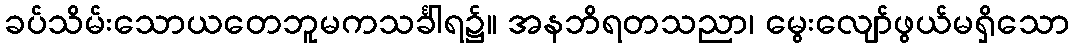
ခပ်သိမ်းသောယတေဘူမကသင်္ခါရ၌။ အနဘိရတသညာ၊ မွေးလျော်ဖွယ်မရှိသော